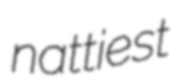
nattiest